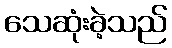
သေဆုံးခဲ့သည်